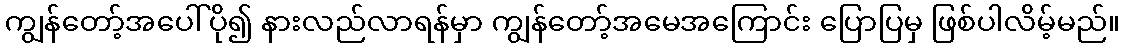
ကျွန်တော့်အပေါ်ပို၍ နားလည်လာရန်မှာ ကျွန်တော့်အမေအကြောင်း ပြောပြမှ ဖြစ်ပါလိမ့်မည်။